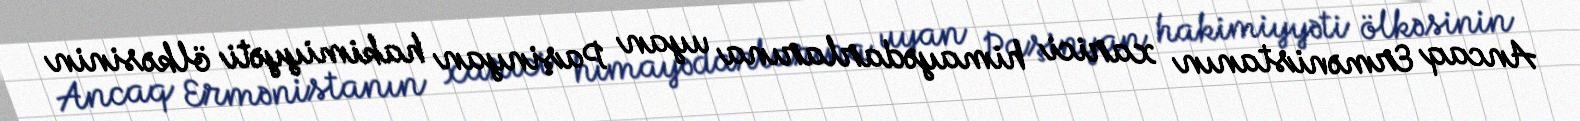
Ancaq Ermənistanın xarici himayədarlarına uyan Paşinyan hakimiyyəti ölkəsinin